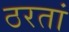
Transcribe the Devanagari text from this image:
ठरतां